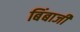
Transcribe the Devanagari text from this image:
बिंबाजी